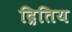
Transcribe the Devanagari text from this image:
द्रितिय